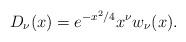
LaTeX: \begin{align*}D_\nu(x)=e^{-x^2/4}x^\nu w_\nu(x).\end{align*}